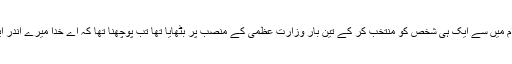
یہ سوچے سمجھے بغیر کہ جس خدا نے اکیس کروڑ عوام میں سے ایک ہی شخص کو منتخب کر کے تین بار وزارت عظمی کے منصب پر بٹھایا تھا تب پوچھنا تھا کہ اے خدا میرے اندر ایسی کیاخوبیاں تھیں کہ تو نے تین بار وزیر اعظم بنا دیا ۔